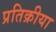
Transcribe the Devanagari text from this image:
प्रतिक्रीया